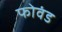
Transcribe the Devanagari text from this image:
फोवंड